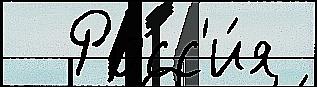
  Росс'и́я